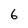
Character: 6